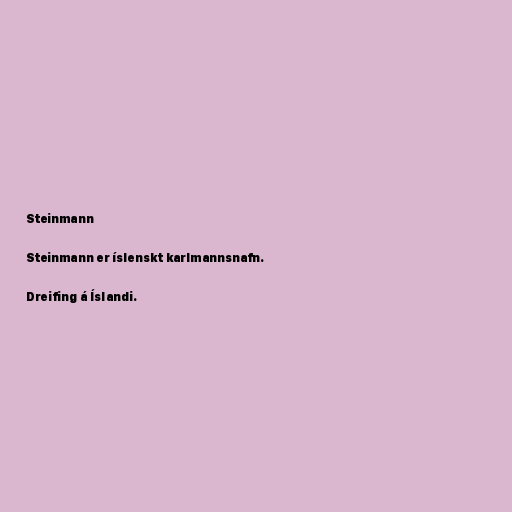
Steinmann

Steinmann er íslenskt karlmannsnafn.

Dreifing á Íslandi.